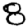
Digit: 8